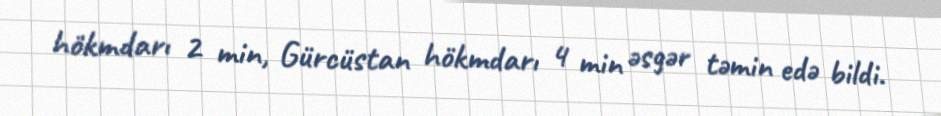
hökmdarı 2 min, Gürcüstan hökmdarı 4 min əsgər təmin edə bildi.